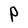
Character: P